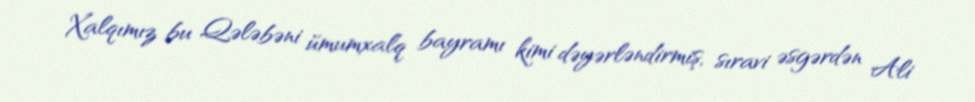
Xalqımız bu Qələbəni ümumxalq bayramı kimi dəyərləndirmiş, sıravi əsgərdən Ali